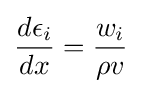
{\frac {d\epsilon _{i}}{dx}}={\frac {w_{i}}{\rho v}}